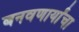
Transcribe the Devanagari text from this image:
बनवणार्यांचा